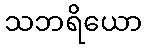
သဘရိယော